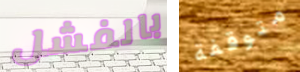
بالفشل متوقفة